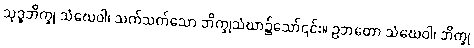
သုဒ္ဓဘိက္ခု သံဃေဝါ၊ သက်သက်သော ဘိက္ခုသံဃာ၌သော်၎င်း။ ဥဘတော သံဃေဝါ၊ ဘိက္ခု